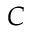
C